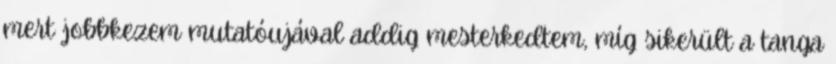
mert jobbkezem mutatóujával addig mesterkedtem, míg sikerült a tanga